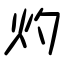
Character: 灼